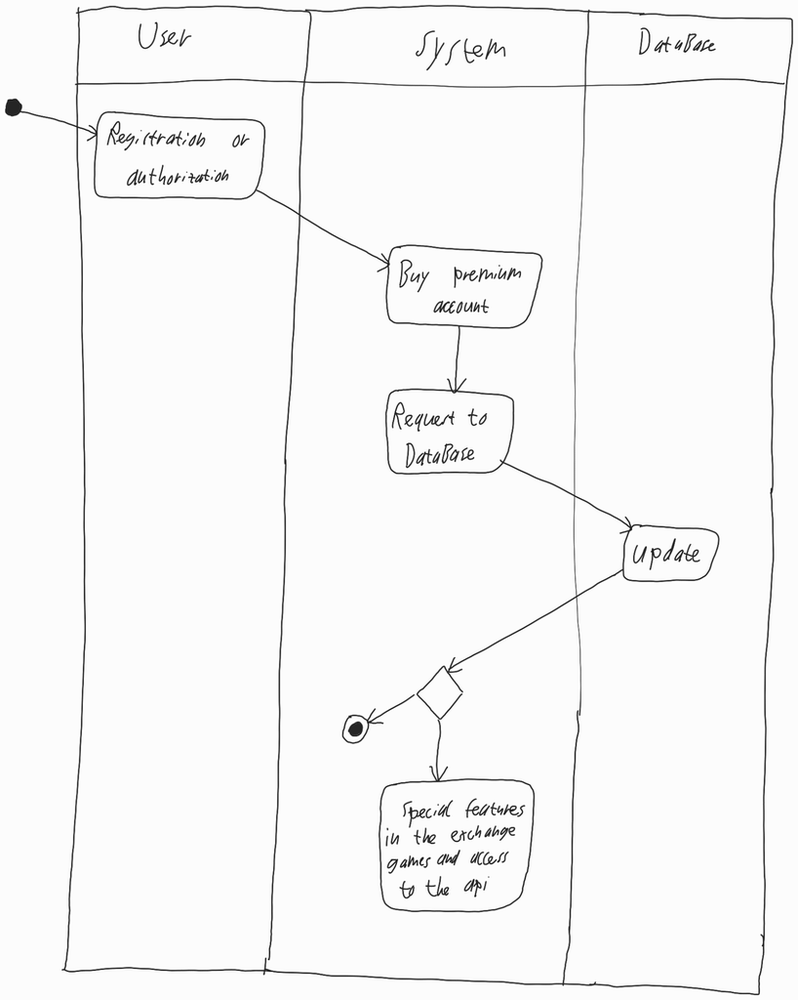
Diagram type: activity_diagram
```plantuml
@startuml

|User|

start

:Registration or authorization;

|System|

:Buy premium account;

:Request to DataBase;

|DataBase|

:Update;

if ()
  stop
else
  :Special features in the exchange games and access to the api;
  detach
endif

@enduml
```